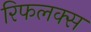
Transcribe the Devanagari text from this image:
रिफलक्स